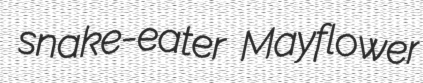
snake-eater Mayflower